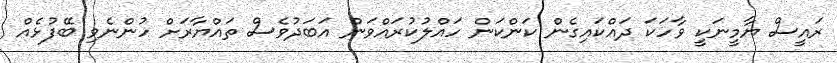
ރައީސް ޔާމީނަކީ ވާހަކަ ދައްކައިގެން ކަންކަން ހައްލުކުރައްވަން އަބަދުވެސް ތައްޔާރަށް ހުންނެވި ބޭފުޅެއް